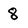
Character: 8